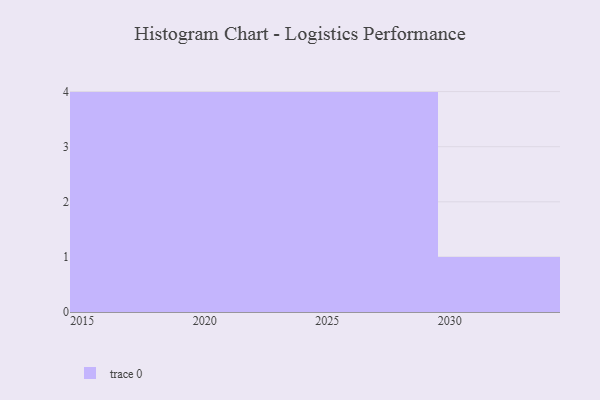
{"axis": {"x": "Year", "y": "Active Users"}, "legend": [""], "data": [{"x": "2016", "y": 15, "type": ""}, {"x": "2029", "y": 33, "type": ""}, {"x": "2020", "y": 17, "type": ""}, {"x": "2021", "y": 44, "type": ""}, {"x": "2024", "y": 31, "type": ""}, {"x": "2030", "y": 36, "type": ""}, {"x": "2019", "y": 3, "type": ""}, {"x": "2017", "y": 46, "type": ""}, {"x": "2023", "y": 91, "type": ""}, {"x": "2026", "y": 79, "type": ""}, {"x": "2028", "y": 34, "type": ""}, {"x": "2027", "y": 73, "type": ""}, {"x": "2015", "y": 27, "type": ""}]}